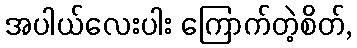
အပါယ်လေးပါး ကြောက်တဲ့စိတ်,